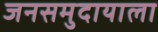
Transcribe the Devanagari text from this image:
जनसमुदायाला